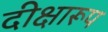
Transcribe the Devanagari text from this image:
दीक्षारूप